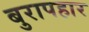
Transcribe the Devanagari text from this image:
बुरापहार